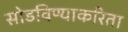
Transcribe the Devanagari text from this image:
सोडविण्याकरिता